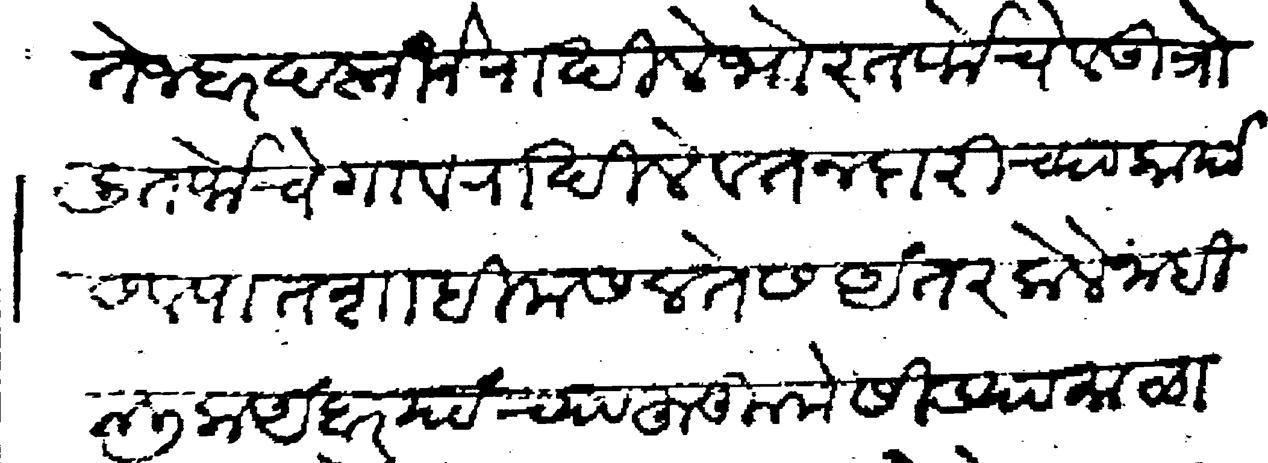
Transliteration (Devanagari): ते जबरदस्तीने राखिले भोर तर्फेचे व उत्रोली तर्फेचे गाव राखिले वतनदारीच्या कार्यास व पातशाही मसलतेस अंतर केले नाही मलिक अंबर यांच्या हुकुमे सिड्या माळा